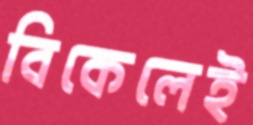
বিকেলেই